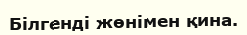
Білгенді жөнімен қина.